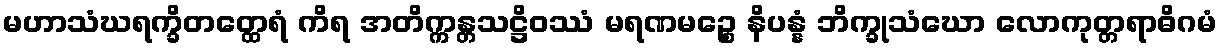
မဟာသံဃရက္ခိတတ္ထေရံ ကိရ အတိက္ကန္တသဋ္ဌိဝဿံ မရဏမဉ္စေ နိပန္နံ ဘိက္ခုသံဃော လောကုတ္တရာဓိဂမံ